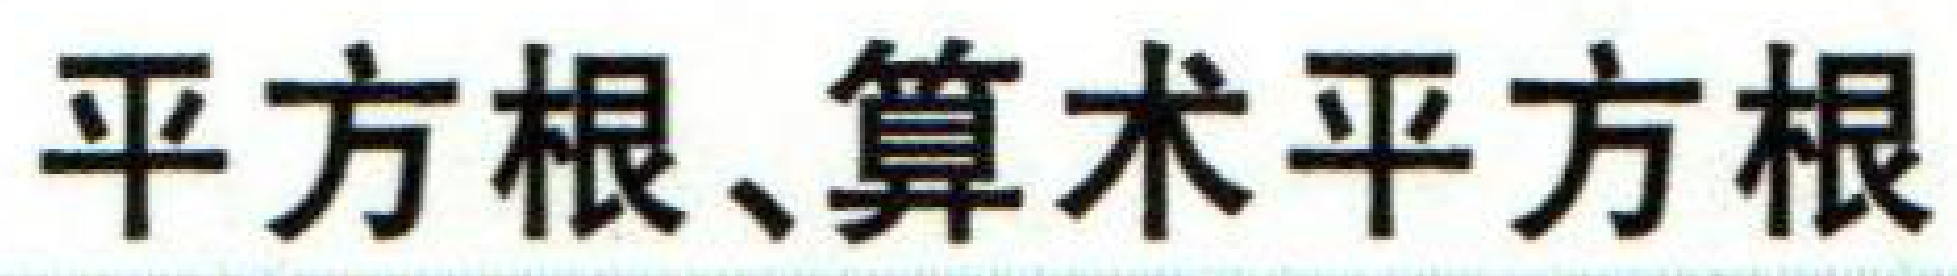
平方根、算术平方根